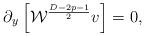
LaTeX: \begin{align*}\partial_y\left[{\cal W}^{{D-2p-1}\over 2}v\right]=0,\end{align*}